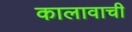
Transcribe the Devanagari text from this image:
कालावाची